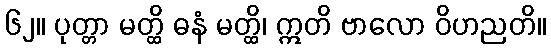
၆၂။ ပုတ္တာ မတ္ထိ ဓနံ မတ္ထိ၊ ဣတိ ဗာလော ဝိဟညတိ။